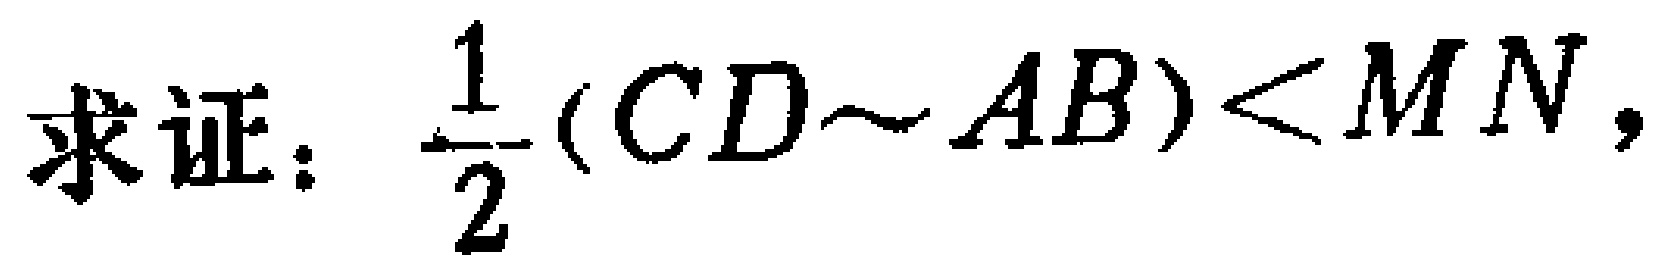
求证：\(\frac{1}{2}(CD\sim AB)<MN\)